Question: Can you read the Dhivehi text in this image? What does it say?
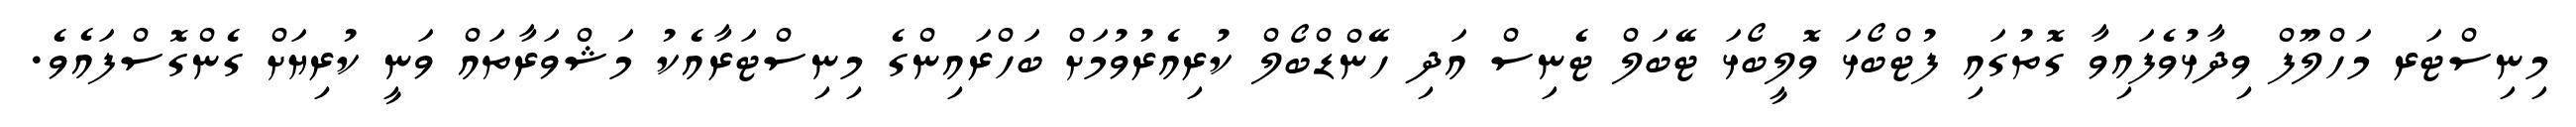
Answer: މިނިސްޓަރ މަހްލޫފް ވިދާޅުވެފައިވާ ގޮތުގައި ފުޓްބޯޅަ ވޮލީބޯޅަ ޓޭބަލް ޓެނިސް އަދި ހޭންޑްބޯލް ކުރިއެރުވުމަށް ބަހްރައިންގެ މިނިސްޓަރާއެކު މަޝްވަރާތައް ވަނީ ކުރިޔަށް ގެންގޮސްފައެވެ.